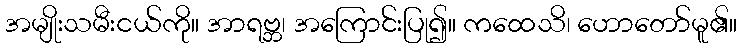
အမျိုးသမီးငယ်ကို။ အာရဗ္ဘ၊ အကြောင်းပြု၍။ ကထေသိ၊ ဟောတော်မူ၏။